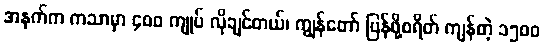
အနက်က ကသာမှာ ၄၀၀ ကျုပ် လိုချင်တယ်၊ ကျွန်တော် ပြန်ဖို့စရိတ် ကျန်တဲ့ ၁၅၀၀